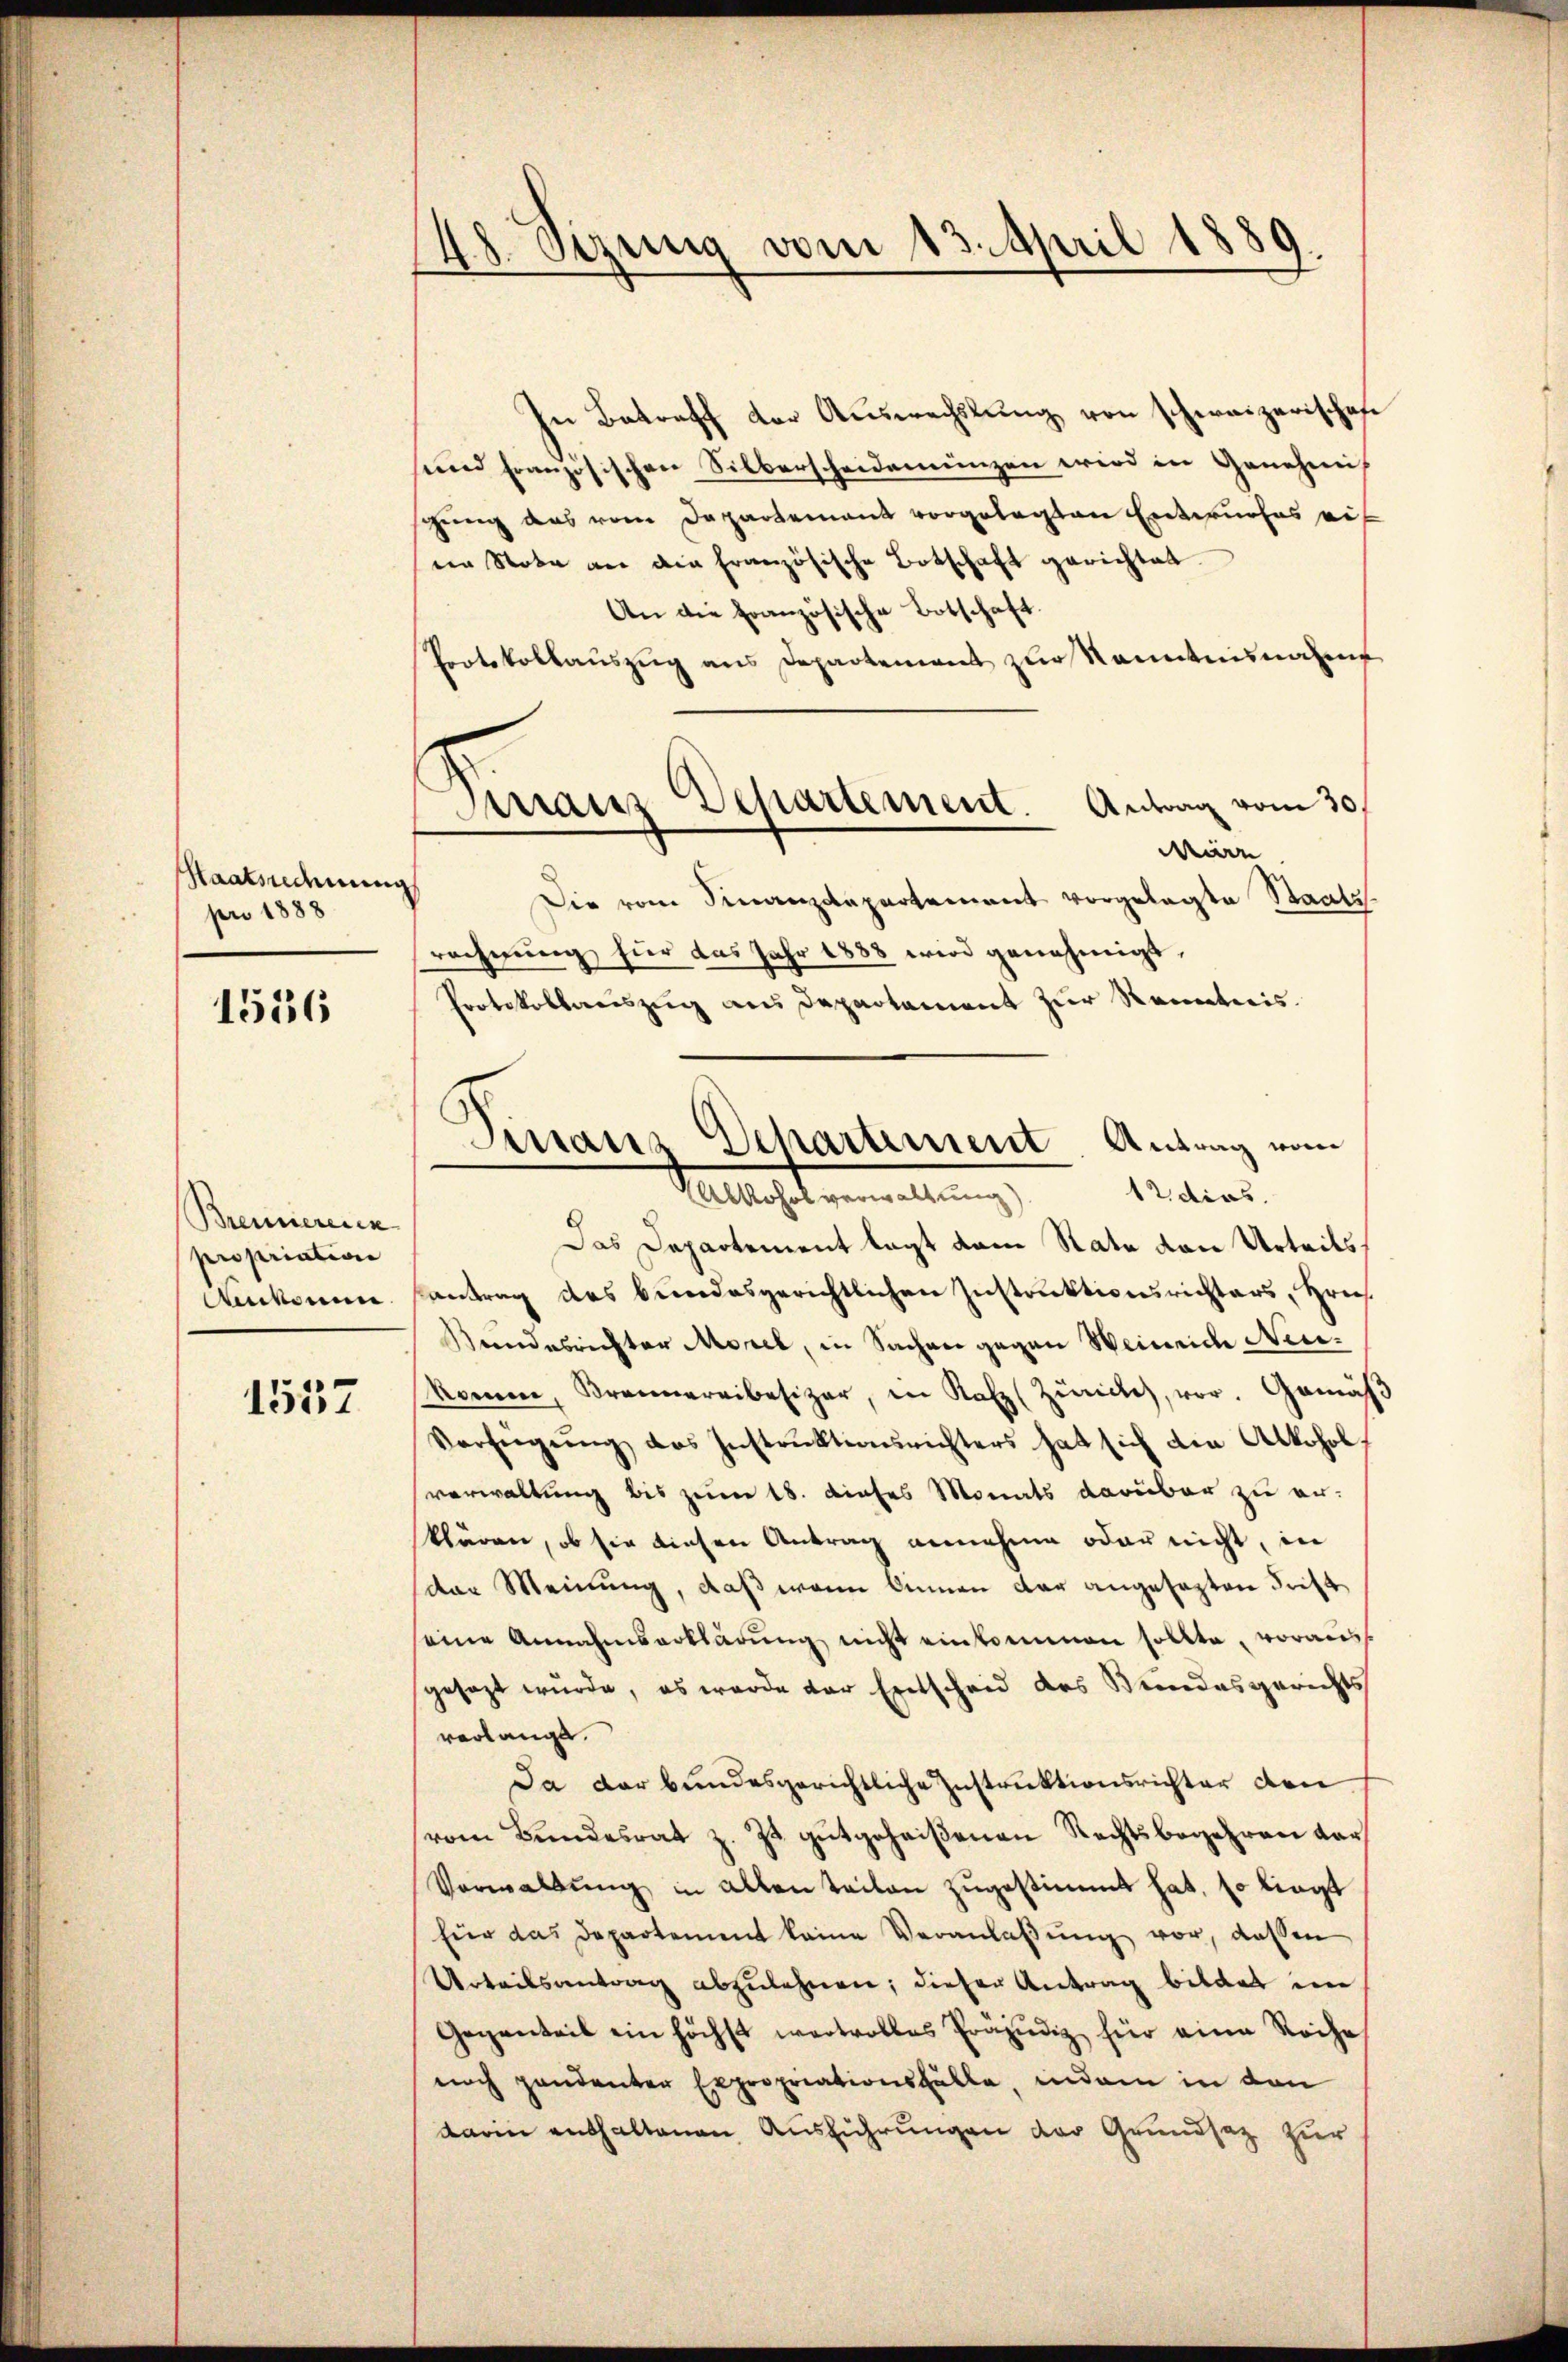
Staatsdenung
pro 1888

1556

Bemierenen
propriation
Ankonen

1557

48. Sizung vom 13. April 1889

Virranz Departement. Antrag vom 30.

In Betreff der Auswechslung von schweizerischen
sund französischen Silberscheidemünzen wird in Genehmig
sgung das vom Departement vorgelegten Entwurfes eif
en Note an die französische Botschaft gerichtet.
An die französische Botschaft.
Protokollaŭszŭg ans Departement zur Kanntnisnahme
wie
Die vom Finanzdepartement vorgelegte Staatsrechnung für das Jahr 1888 wird genehmigt,
Protokollauszug aus Departament zur Kenntnis.
Das Departement lagt dem Rate den Urteils
santrag des bundesgerichtlichen Instruktionsrichters, Gries
Bandesrichter Morel, in Sachen gegen Weinrich Neukomen, Brennereibesizer, in Katz (Zürich, vor. Gemäss
Verfügŭng des Instrŭktionsrichters hat sich die Alkohol
verwaltung bis zum 18. dieses Monats darüber zu er-
klären, ob sie diesen Antrag annehme oder nicht, in
der Meinung, daß wenn binnen dar angesezten Frist
eine Annahmserklärung nicht einkommen sollte, voraus
gesezt wurde, es wurde der Entscheid des Bundesgerichts
verlange.
Da der bundesgerichtliche Instruktionsrichter den
vom Bundesrat z. Zt. gutgeheißenen Rechtsbegehren dar
Vorwaltung in allen teilen zugestimmt hat, so liegt
für das Departement keine Veranlaβŭng vor, dassen
Urteilsantrag abzulehnen; dieser Antrag bildet im
Gegenteil ein höchst wertvolles Präjudiz für eine Reihe
noch pendenter Expropriationsfälle, indem in den
darin enthaltenen Ausführungen der Grundsatz zur

Finanz Dehartement Antrag vom
12 dies.
Valleicht vermellen